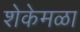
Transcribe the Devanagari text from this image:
शेकेमळा